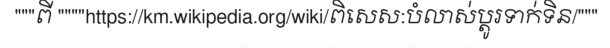
"""ពី """"https://km.wikipedia.org/wiki/ពិសេស:បំលាស់ប្តូរទាក់ទិន/"""